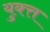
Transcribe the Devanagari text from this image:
युक्त्त